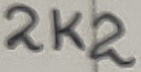
Text: 2K2